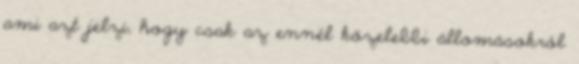
ami azt jelzi, hogy csak az ennél közelebbi állomásokról